Lunatic asylums Central Provinces reports 1874-1885 - 1874-1885
Year: 1874
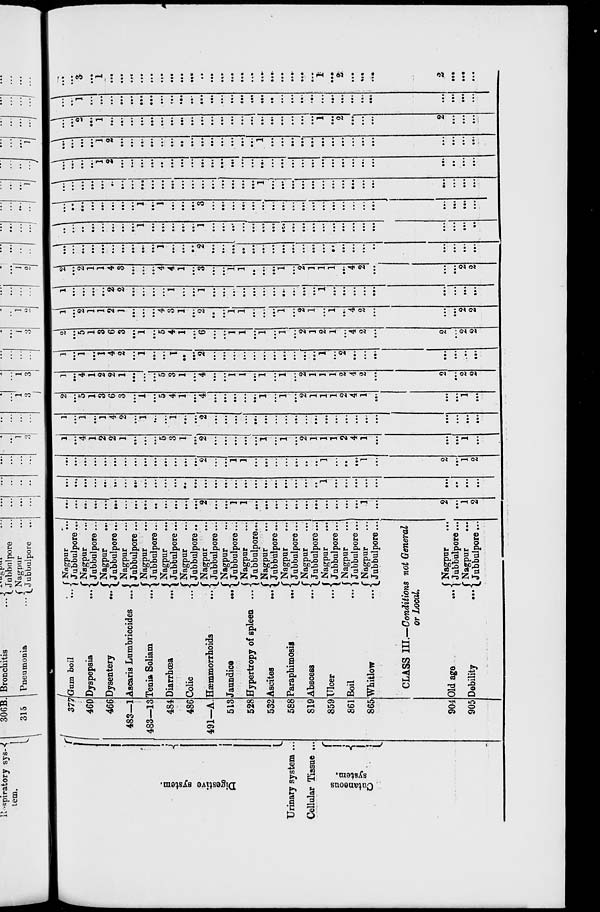
Digestive system.
Urinary system ...
Cellular Tissue ...
Cutaneous
system.
377
460
466
483—1
483—13
484
486
491—A.
513
528
532
588
819
859
861
865
904
905
Gum boil
...
Dyspepsia
...
Dysentery …
Ascaris Lumbricoides ....
Tenia Soliam …
Diarrhœa
…
Colic …
Hæmmorrhoids
...
Jaundice
...
Hypertropy of spleen ...
Ascites
...
Paraphimosis
...
Abscess
...
Ulcer ...
Boil ...
Whitlow ...
Nagpur
...
Jubbulpore ...
Nagpur ...
Jubbulpore ...
Nagpur …
Jubbulpore...
Nagpur …
Jubbulpore ...
Nagpur ...
Jubbulpore...
Nagpur …
Jubbulpore...
Nagpur …
Jubbulpore ...
Nagpur …
Jubbulpore...
Nagpur …
Jubbulpore...
Nagpur …
Jubbulpore...
Nagpur ...
Jubbulpore...
Nagpur ...
Jubbulpore...
Nagpur ...
Jubbulpore...
Nagpur ...
Jubbulpore...
Nagpur ...
Jubbulpore...
Nagpur ...
Jubbulpore...
CLASS III.—Conditions not General
or Local.
Old age
...
Debility
...
Nagpur ...
Jubbulpore...
Nagpur
...
Jubbulpore...
...
...
...
...
...
...
...
...
...
…
...
…
...
...
2
…
...
1
1
...
...
...
...
...
...
...
...
...
...
...
1
...
2
...
1
2
...
...
...
...
...
...
…
…
...
...
...
...
…
...
...
...
...
...
...
...
...
...
...
...
...
..
1
...
...
...
...
...
...
...
...
...
...
...
...
...
...
…
...
...
...
...
…
...
...
...
2
...
...
1
1
...
...
...
...
...
...
...
1
...
..
...
1
...
2
...
1
2
1
...
4
1
2
2
1
...
…
...
5
3
1
...
2
...
...
...
...
...
1
...
1
...
2
1
1
1
2
4
1
...
...
...
1
...
1
...
1
…
1
4
2
...
1
...
...
1
...
...
2
...
…
...
...
...
...
...
...
...
...
...
...
...
...
...
...
...
...
...
...
...
2
...
5
1
3
6
3
...
1
...
5
4
1
...
4
...
...
...
...
...
1
...
1
...
2
1
1
1
2
4
1
...
...
...
1
...
1
…
4
1
2
2
1
…
...
...
5
3
1
...
4
...
...
1
1
...
1
...
1
...
2
1
1
1
2
4
2
...
2
...
2
2
1
...
1
...
1
4
2
...
1
...
...
1
…
...
2
...
...
...
…
...
...
...
...
...
...
...
1
...
2
...
...
...
...
...
...
...
2
...
5
1
3
6
3
...
1
...
5
4
1
...
6
...
...
1
1
...
1
...
1
...
2
1
2
1
...
4
2
...
2
...
2
2
1
...
2
1
1
2
1
…
...
...
4
3
1
...
2
…
...
1
1
...
...
...
1
...
2
1
...
1
...
4
2
...
...
...
2
2
1
...
...
...
...
2
2
...
...
...
...
1
…
...
1
...
…
…
...
...
...
...
...
...
...
...
1
...
...
...
...
...
...
...
...
...
2
...
2
1
1
4
3
...
...
...
4
4
1
...
3
...
...
1
1
...
...
...
1
...
2
1
1
1
...
4
2
...
...
...
2
2
…
...
...
...
...
...
...
...
...
...
1
...
…
…
2
...
...
...
…
...
...
...
...
...
...
...
...
...
...
...
...
...
...
...
...
...
...
...
...
...
...
...
...
...
1
...
...
...
...
…
1
...
…
...
...
...
...
...
...
...
...
...
...
...
...
...
...
...
...
...
...
...
...
...
...
...
…
...
...
...
1
...
1
...
...
...
3
...
...
...
…
...
...
...
...
...
...
...
...
...
...
...
...
...
...
...
...
...
...
...
...
...
...
…
...
...
...
...
...
...
...
...
...
...
...
...
...
...
1
...
...
...
...
...
...
...
...
...
...
...
...
...
...
...
...
...
…
…
1
2
...
...
...
...
...
...
...
...
...
...
…
...
…
...
...
...
...
...
...
...
...
...
...
...
...
...
...
...
...
...
...
...
...
...
1
2
...
...
...
...
...
...
…
...
...
...
...
...
...
...
1
...
...
...
...
...
...
...
...
...
...
...
...
...
...
...
... ...
2
...
1
...
...
...
...
…
...
...
...
...
...
...
...
...
...
...
...
...
...
...
...
...
1
...
2
...
...
...
2
...
...
...
...
...
1
...
…
...
…
...
…
...
...
...
...
...
...
...
...
...
...
...
...
...
...
...
...
...
...
...
...
...
...
...
...
...
...
...
...
...
3
...
1
...
...
...
...
...
...
…
...
…
...
...
...
...
...
...
...
...
...
...
...
...
1
...
2
...
...
...
2
...
...
...